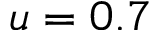
u = 0 . 7